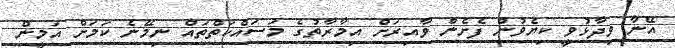
އޭނާ ވިދާޅުވީ ކިޔެވުން ފެށެން ވާއިރަށް އިމާރާތުގެ މަސައްކަތްތައް ނިމޭނެ ކަމަށް އަމީން